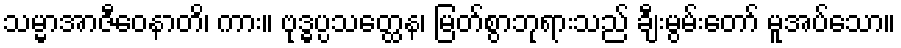
သမ္မာအာဇီဝေနာတိ၊ ကား။ ဗုဒ္ဓပ္ပသတ္ထေန၊ မြတ်စွာဘုရားသည် ချီးမွမ်းတော် မူအပ်သော။